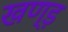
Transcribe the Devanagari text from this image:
खण्ड़